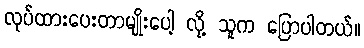
လုပ်ထားပေးတာမျိုးပေါ့ လို့ သူက ပြောပါတယ်။